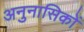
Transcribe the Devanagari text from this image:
अनुनासिकों